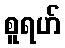
စူရဟ်